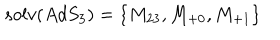
LaTeX: s o l v ( A d S _ { 3 } ) = \left\{ M _ { 2 3 } , M _ { + 0 } , M _ { + 1 } \right\}